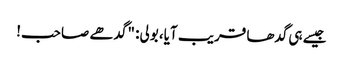
جیسے ہی گدھا قریب آیا، بولی: "گدھے صاحب!